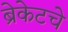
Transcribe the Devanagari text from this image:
ब्रेकेटचे